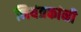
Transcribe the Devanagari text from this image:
नियंत्रकांनी